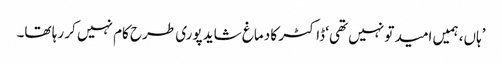
’ہاں، ہمیں امید تو نہیں تھی‘ ڈاکٹر کا دماغ شاید پوری طرح کام نہیں کر رہا تھا۔